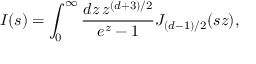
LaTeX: I ( s ) = \int _ { 0 } ^ { \infty } { \frac { d z \, z ^ { ( d + 3 ) / 2 } } { e ^ { z } - 1 } } J _ { ( d - 1 ) / 2 } ( s z ) ,